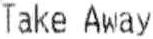
TAKE AWAY